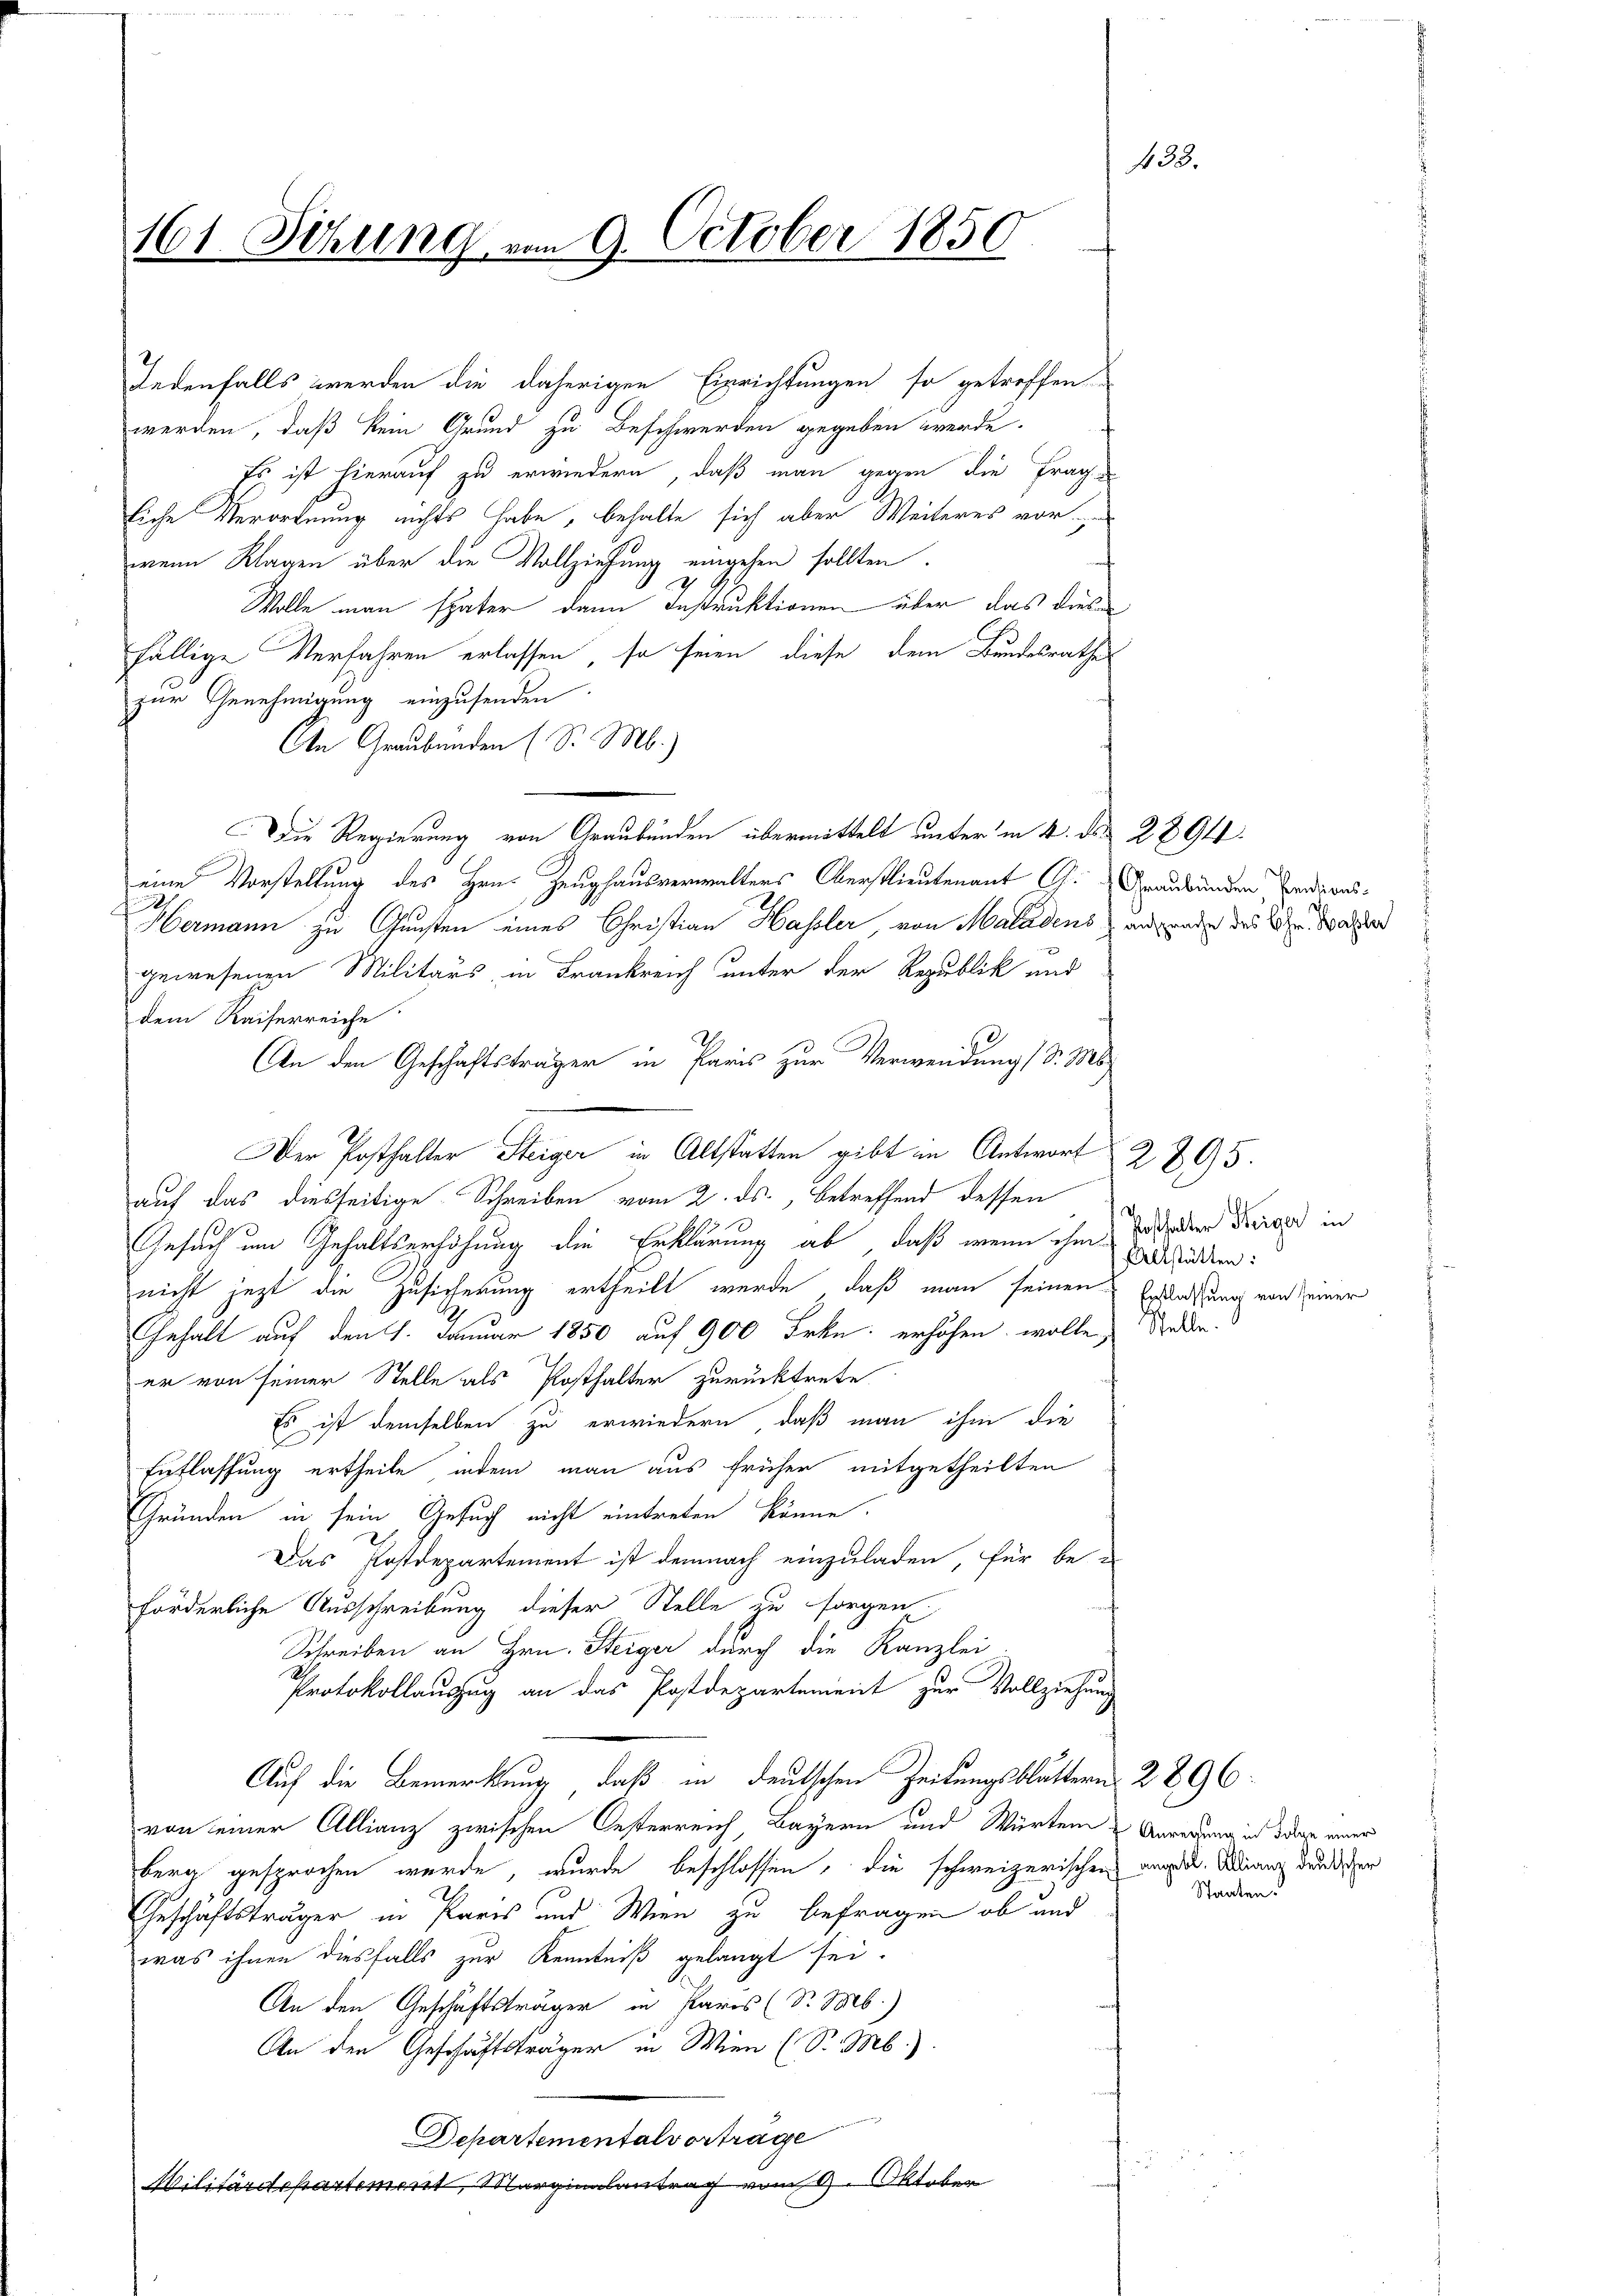
161. Sitzung am 9. October 1850

Jedenfalls werden die daherigen Einrichtungen so getroffen
werden, daß kein Grund zu Beschwerden gegeben werde.
Es ist hierauf zu erwiedern, daß man gegen die Frage
liche Verordnung nichts habe, behalte sich aber Weiteres vor
wenn Klagen über die Vollziehung eingehen sollten.
Wolle man später dann Instruktionen über das Ausfällige Verfahren erlassen, so seien diese dem Bundesrathe
zur Genehmigung einzusenden
An Graubünden (S. M.)
Die Regierung von Graubünden übermittelt unter in 4. d. 2891.
eine Vorstellung des Hrn. Zeughausverwalters Oberstlieutenant C. Graubünden Pensions¬
.
Hermann zu Gunsten eines Christian Hassler von Maladens ungende des Dr. daher
gewesenen Militärs, in Frankreich unter der Republik und
dem Kaiserreiche
An den Geschäftsträger in Paris zur Verwendung (S. Ms.
Der Posthalter Steiger in Altstatten gibt in Antwort
auf das diesseitige Schreiben vom 2. ds., betreffend dessen

Gesuch um Inhaltserhöhung die Erklärung ab, daß wenn ihm so oder Preise in
nicht jetzt die Zusicherung ertheilt wurde, daß man seinen Erblassung von seiner
Gehalt auf den 1. Januar 1850 auf 900 Frkn. erhöhen, wolle
er von seiner Stelle als Posthalter zurücktrete.
Es ist demselben zu erwiedern, daß man ihm die
Euflassung ertheile, indem man aus früher mitgetheilten
Gründen in sein Gesuch nicht eintreten könne.
Das Postdepartement ist demnach einzuladen, für be
förderliche Ausschreibung dieser Stelle zu sorgen.
Schreiben an Hrn. Steiger durch die Kanzlei
Protokollauszug an das Postdepartement zur Vollziehung
Auf die Bemerkung, daß in deutschen Zeitungsblättern 2896
von einer Allianz zwischen Oesterreich Bayern und Würtem Anregung ich die einer
berg gesprochen wurde, wurde beschlossen, die schweizerischen angen. Dang durch der
Geschäftsträger in Paris und Wien zu befragen ob und
was ihnen diesfalls zur Kenntniß gelangt sei.
An den Geschäftsträger in Paris (S. M.)
An den Geschäftsträger in Wien (S. M.)
Departementalvortrage
Militärdepartement, Marginalantrag vom 6. Oktober

3.

2895.
Allstätten:
Stelle.

Staaten.